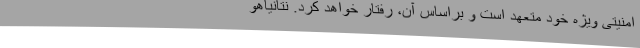
امنیتی ویژه خود متعهد است و براساس آن، رفتار خواهد کرد. نتانیاهو